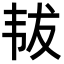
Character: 韨